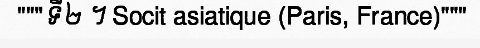
"""ទី២ ។ Socit asiatique (Paris, France)"""